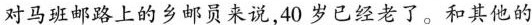
对马班邮路上的乡邮员来说，40岁已经老了。和其他的